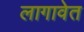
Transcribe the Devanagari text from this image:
लागावेत